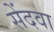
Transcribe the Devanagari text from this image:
सेंदवा